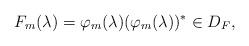
LaTeX: \begin{align*} F_m(\lambda)=\varphi_m(\lambda) (\varphi_m(\lambda))^*\in D_{F},\end{align*}